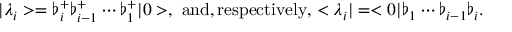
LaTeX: | \lambda _ { i } > = \flat _ { i } ^ { + } \flat _ { i - 1 } ^ { + } \cdots \flat _ { 1 } ^ { + } | 0 > , \mathrm { ~ a n d , r e s p e c t i v e l y , } < \lambda _ { i } | = < 0 | \flat _ { 1 } \cdots \flat _ { i - 1 } \flat _ { i } .